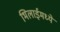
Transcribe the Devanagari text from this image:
भिलाईमध्ये